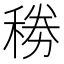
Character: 𥟎